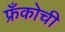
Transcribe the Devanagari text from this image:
फ्रँकोची